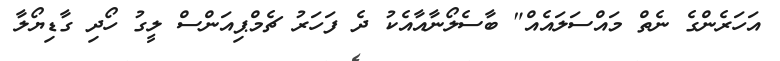
އަހަރެންގެ ނެތް މައްސަލައެއް" ބާސެލޯނާއާއެކު ދެ ފަހަރު ޗެމްޕިއަންސް ލީގު ހޯދި ގާޑިޔޯލާ